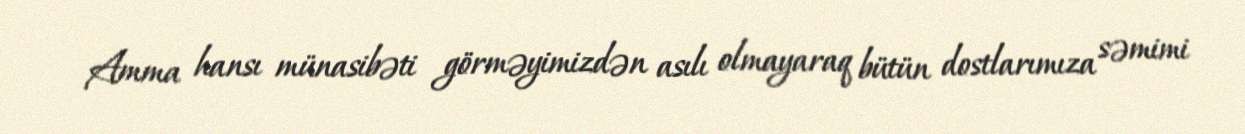
Amma hansı münasibəti görməyimizdən asılı olmayaraq bütün dostlarımıza səmimi